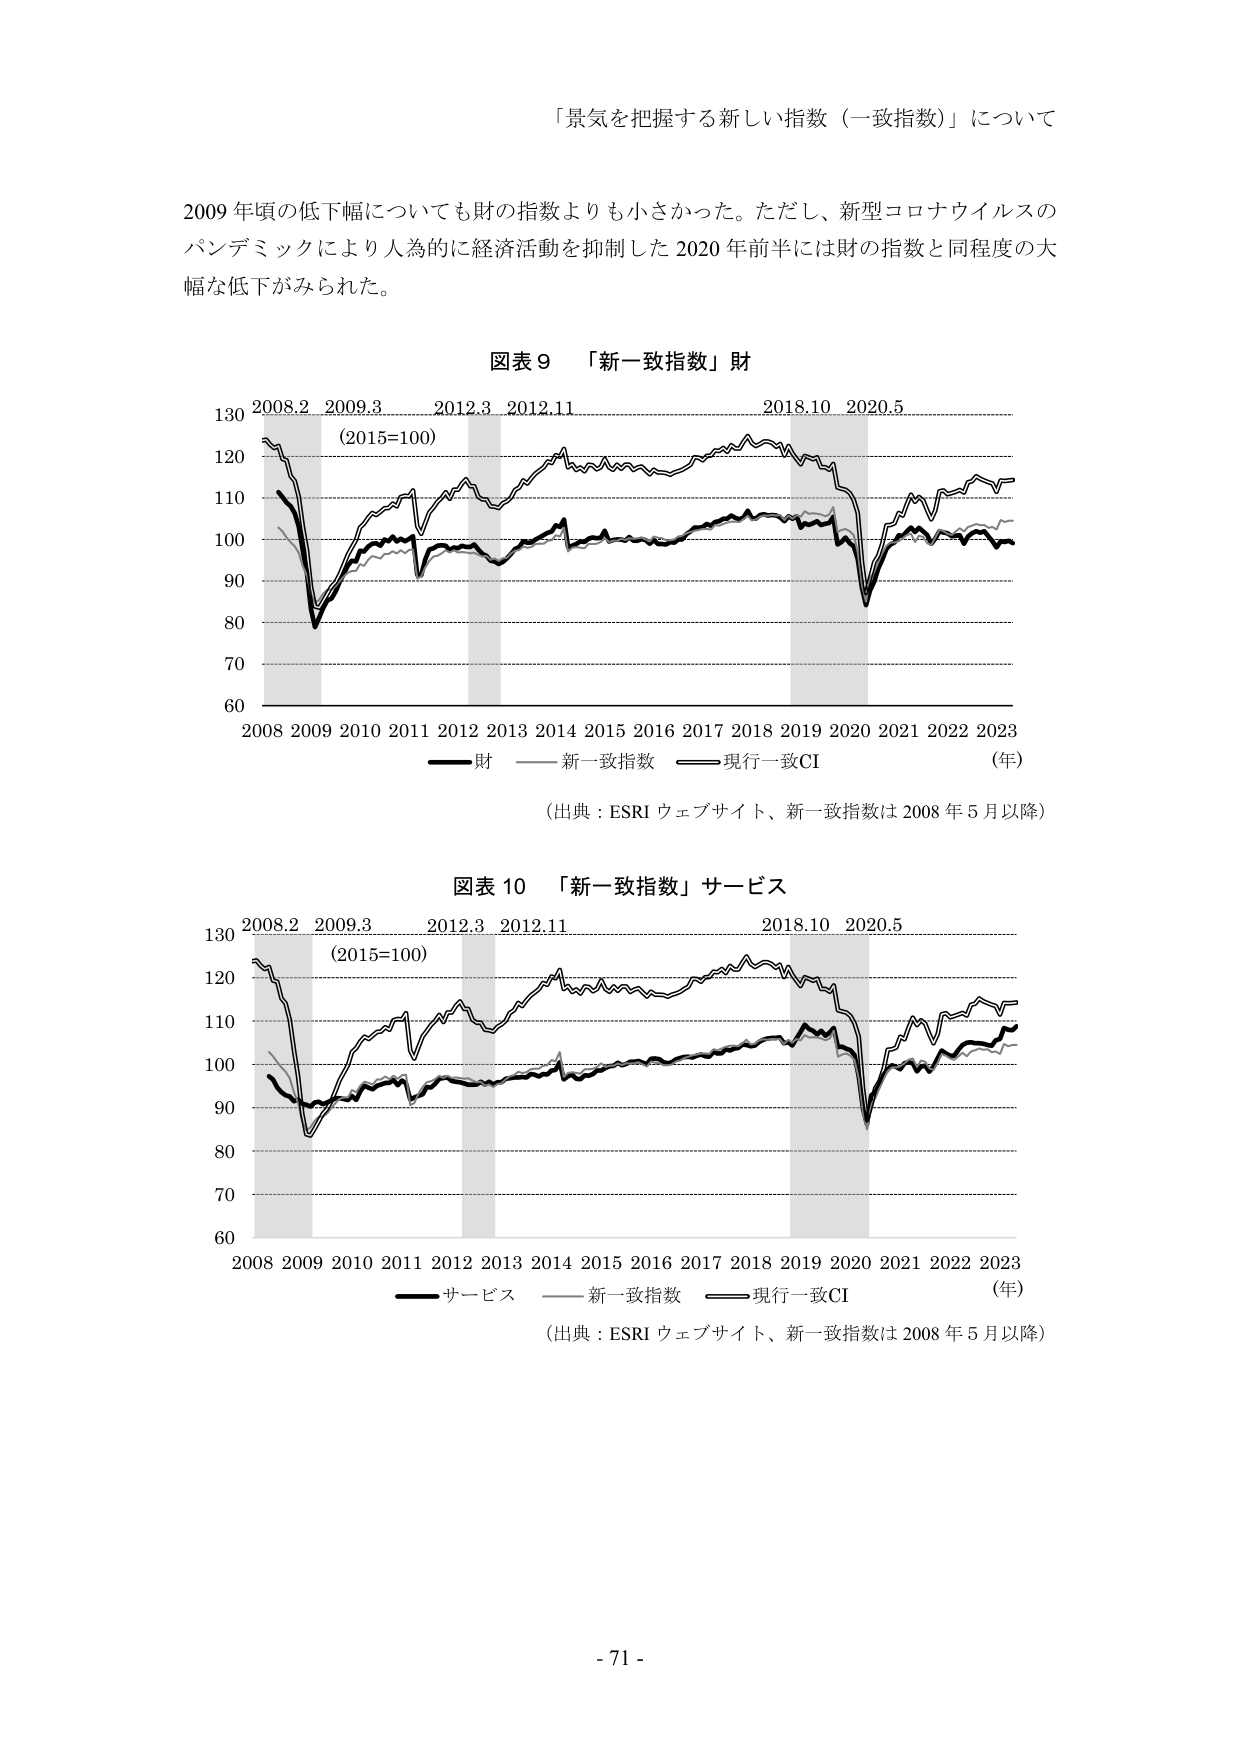
「景気を把握する新しい指数（一致指数）」について

2009 年頃の低下幅についても財の指数よりも小さかった。ただし、新型コロナウイルスのパンデミックにより人為的に経済活動を抑制した 2020 年前半には財の指数と同程度の大幅な低下がみられた。

図表 9 「新一致指数」財
130 2008.2 2009.3 2012.3 2012.11 2018.10 2020.5
(2015=100)
120
110
100
90
80
70
60
2008 2009 2010 2011 2012 2013 2014 2015 2016 2017 2018 2019 2020 2021 2022 2023 （年）
――財 ―――新一致指数 ―――現行一致CI
（出典：ESRI ウェブサイト、新一致指数は 2008 年 5 月以降）

図表 10 「新一致指数」サービス
130 2008.2 2009.3 2012.3 2012.11 2018.10 2020.5
(2015=100)
120
110
100
90
80
70
60
2008 2009 2010 2011 2012 2013 2014 2015 2016 2017 2018 2019 2020 2021 2022 2023 （年）
――サービス ―――新一致指数 ―――現行一致CI
（出典：ESRI ウェブサイト、新一致指数は 2008 年 5 月以降）

- 71 -